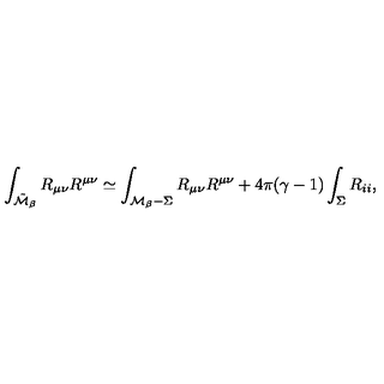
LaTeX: \int _ { \tilde { \cal M } _ { \beta } } R _ { \mu \nu } R ^ { \mu \nu } \simeq \int _ { { \cal M } _ { \beta } - \Sigma } R _ { \mu \nu } R ^ { \mu \nu } + 4 \pi ( \gamma - 1 ) \int _ { \Sigma } R _ { i i } ,